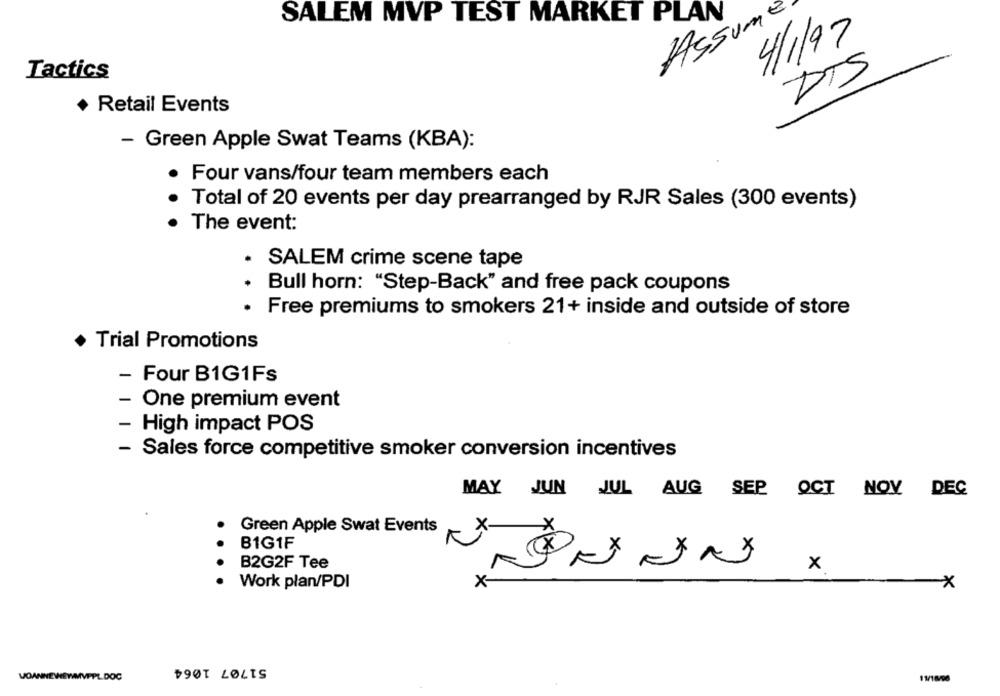
SALEM MVP TEST MARKET PLAN
Assume
4/1/97
Tactics
DTS
Retail Events
- Green Apple Swat Teams (KBA):
.
Four vans/four team members each
Total of 20 events per day prearranged by RJR Sales (300 events)
The event:
· SALEM crime scene tape
Bull horn: "Step-Back" and free pack coupons
Free premiums to smokers 21+ inside and outside of store
· Trial Promotions
- Four B1G1Fs
- One premium event
- High impact POS
-
Sales force competitive smoker conversion incentives
MAY JUN JUL AUG SEP OCT NOV DEC
+
Green Apple Swat Events
B1G1F
×
xxx
B2G2F Tee
x
Work plan/PDI
X-
×
51707 1064
VOANNEWEWMVPPL.DOC
11/18/98